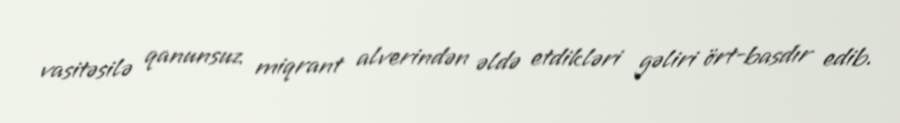
vasitəsilə qanunsuz miqrant alverindən əldə etdikləri gəliri ört-basdır edib.